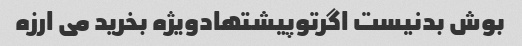
بوش بدنیست اگرتوپیشتهادویژه بخرید می ارزه